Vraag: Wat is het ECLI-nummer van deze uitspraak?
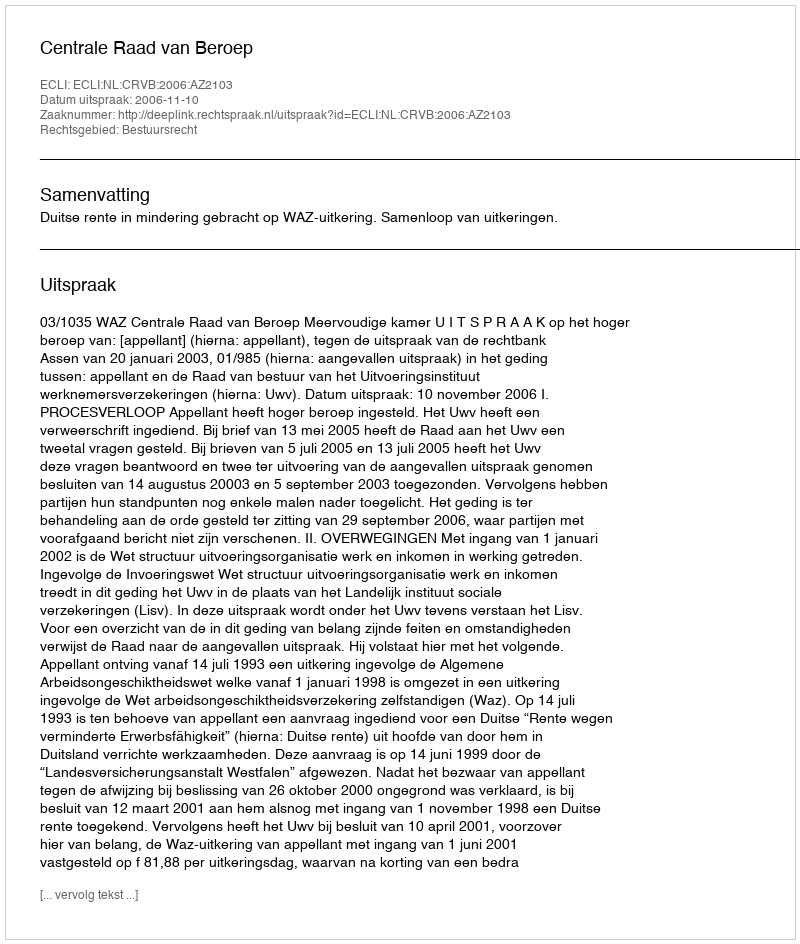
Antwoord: ECLI:NL:CRVB:2006:AZ2103